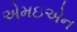
એમઇએન